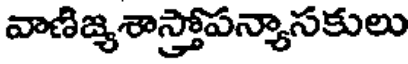
వాణిజ్యశాస్త్రోపన్యాసకులు